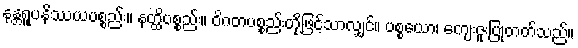
နန္တရူပနိဿယပစ္စည်း။ နတ္ထိပစ္စည်း။ ဝိဂတပစ္စည်းတို့ဖြင့်သာလျှင်။ ပစ္စယော၊ ကျေးဇူးပြုတတ်သည်။